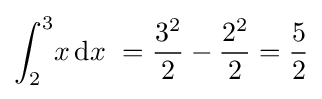
\int _{2}^{3}\!x\,\mathrm {d} x\ ={\frac {3^{2}}{2}}-{\frac {2^{2}}{2}}={\frac {5}{2}}